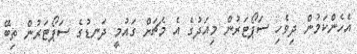
އެހެންކަމުން ދިވެހި ސަޕޯޓަރުން މިއަދުގެ އެ މެޗަށް ގައުމީ ދަނޑުގެ ސަޕޯޓަރުން ތިބޭ